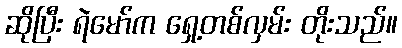
ဆိုပြီး ရဲမော်က ရှေ့တစ်လှမ်း တိုးသည်။